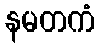
နမတကံ